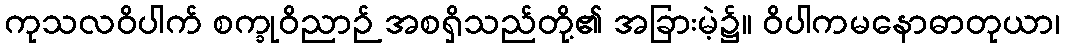
ကုသလဝိပါက် စက္ခုဝိညာဉ် အစရှိသည်တို့၏ အခြားမဲ့၌။ ဝိပါကမနောဓာတုယာ၊